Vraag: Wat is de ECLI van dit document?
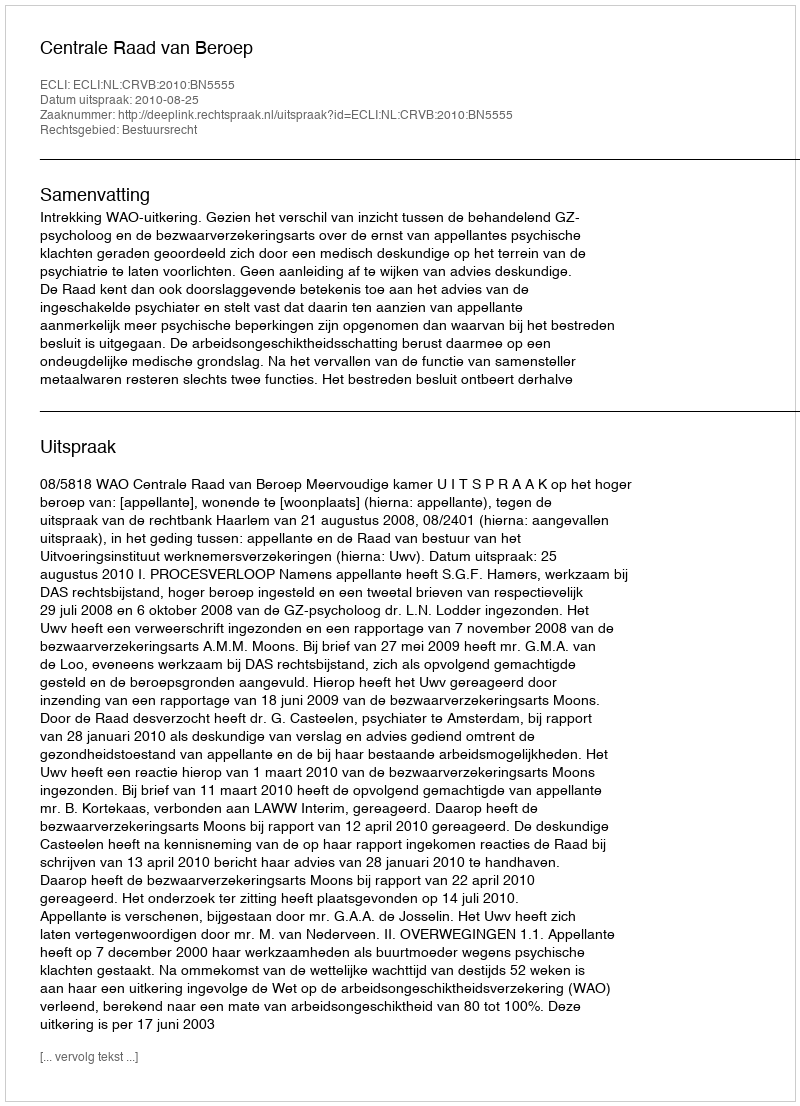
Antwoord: ECLI:NL:CRVB:2010:BN5555